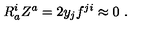
R _ { a } ^ { i } Z ^ { a } = 2 y _ { j } f ^ { j i } \approx 0 \ .